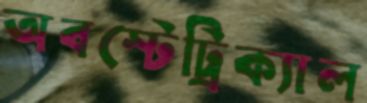
অবস্টেট্রিক্যাল